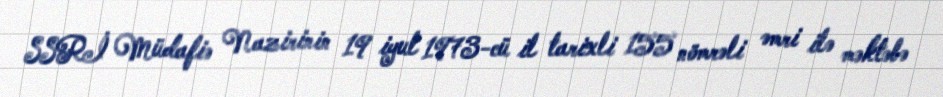
SSRİ Müdafiə Nazirinin 19 iyul 1973-cü il tarixli 155 nömrəli əmri ilə məktəbə